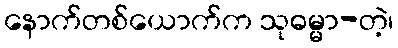
နောက်တစ်ယောက်က သုဓမ္မာ-တဲ့၊